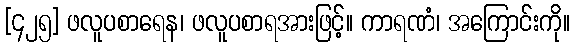
[၄၂၅] ဖလူပစာရေန၊ ဖလူပစာရအားဖြင့်။ ကာရဏံ၊ အကြောင်းကို။